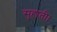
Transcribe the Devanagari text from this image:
सुहाती।